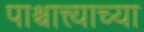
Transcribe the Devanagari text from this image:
पाश्चात्त्याच्या